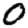
Digit: 0